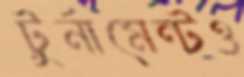
টুর্নামেন্টও